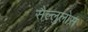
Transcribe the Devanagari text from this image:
सैल्लुलोस